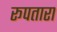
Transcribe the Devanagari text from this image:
रूपतारा